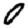
Digit: 0